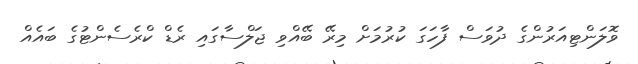
ވޮލަންޓިއަރުންގެ ދުވަސް ފާހަގަ ކުރުމަށް މިރޭ ބޭއްވި ޖަލްސާގައި ރެޑް ކްރެސެންޓުގެ ބައެއް